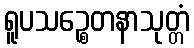
ရူပသဉ္စေတနာသုတ္တံ